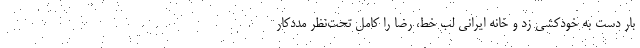
بار دست به خودکشی زد و خانه ایرانی لب خط، رضا را کامل تحت‌نظر مددکار